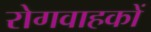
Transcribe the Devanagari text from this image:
रोगवाहकों